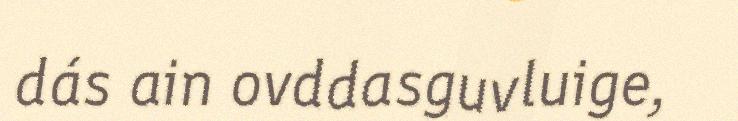
dás ain ovddasguvluige,